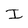
Character: I